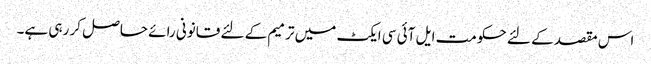
اس مقصد کے لئے حکومت ایل آئی سی ایکٹ میں ترمیم کے لئے قانونی رائے حاصل کر رہی ہے۔